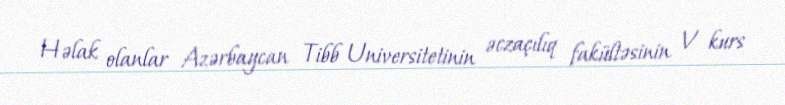
Həlak olanlar Azərbaycan Tibb Universitetinin əczaçılıq fakültəsinin V kurs